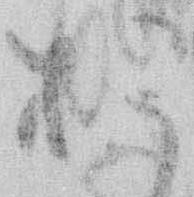
お